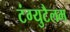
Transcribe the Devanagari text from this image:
टंग्युटैलम